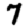
Digit: 7